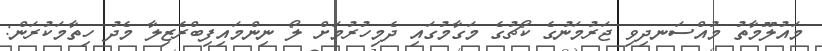
މައުލޫމާތު މުއްސަނދިވި ޖަރުމަނުގެ ކޯޗުގެ މަގާމުގައި ދެމިހުރުމަށް ލޯ ނިންމައިފިބްރެޒިލާ މެދު ހިތާމަކުރަން: